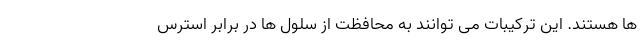
ها هستند. این ترکیبات می توانند به محافظت از سلول ها در برابر استرس